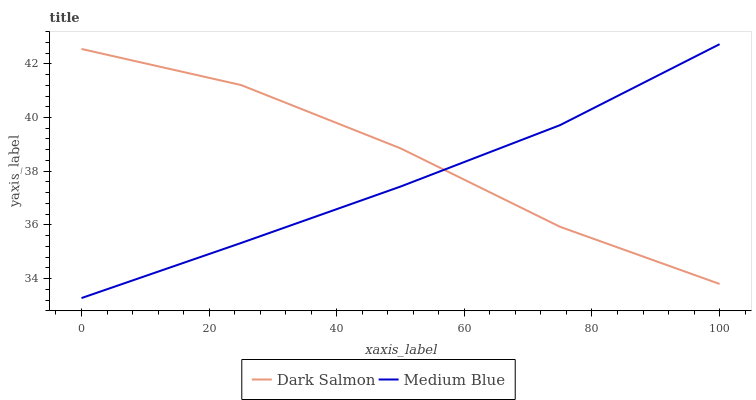
| xaxis_label | Dark Salmon | Medium Blue |
 | --- | --- | --- |
 | 0 | 42.6 | 33.3 |
 | 25 | 41.2 | 35.3 |
 | 50 | 38.9 | 37.4 |
 | 75 | 35.9 | 39.7 |
 | 100 | 33.8 | 42.7 |